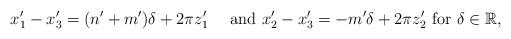
LaTeX: \begin{align*}x'_1-x'_3=(n'+m')\delta +2\pi z'_1\quad\textrm{ and }x'_2-x'_3=-m'\delta+2\pi z'_2\textrm{ for } \delta\in \mathbb{R},\end{align*}